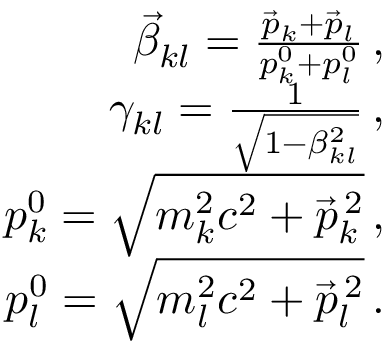
\begin{array} { r l r } & { } & { \vec { \beta } _ { k l } = \frac { \vec { p } _ { k } + \vec { p } _ { l } } { p _ { k } ^ { 0 } + p _ { l } ^ { 0 } } \, , } \\ & { } & { \gamma _ { k l } = \frac { 1 } { \sqrt { 1 - \beta _ { k l } ^ { 2 } } } \, , } \\ & { } & { p _ { k } ^ { 0 } = \sqrt { m _ { k } ^ { 2 } c ^ { 2 } + \vec { p } _ { k } ^ { \, 2 } } \, , } \\ & { } & { p _ { l } ^ { 0 } = \sqrt { m _ { l } ^ { 2 } c ^ { 2 } + \vec { p } _ { l } ^ { \, 2 } } \, . } \end{array}